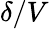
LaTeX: \delta/V